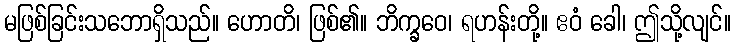
မဖြစ်ခြင်းသဘောရှိသည်။ ဟောတိ၊ ဖြစ်၏။ ဘိက္ခဝေ၊ ရဟန်းတို့။ ဧဝံ ခေါ၊ ဤသို့လျင်။